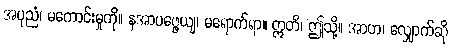
အပုညံ၊ မကောင်းမှုကို။ နအာပဇ္ဇေယျ၊ မရောက်ရာ။ ဣတိ၊ ဤသို့။ အာဟ၊ လျှောက်ဆို